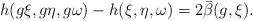
\begin{align*} h(g\xi,g\eta,g\omega)-h(\xi,\eta,\omega)=2\bar\beta(g,\xi).\end{align*}